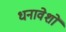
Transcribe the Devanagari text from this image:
धनावेशों